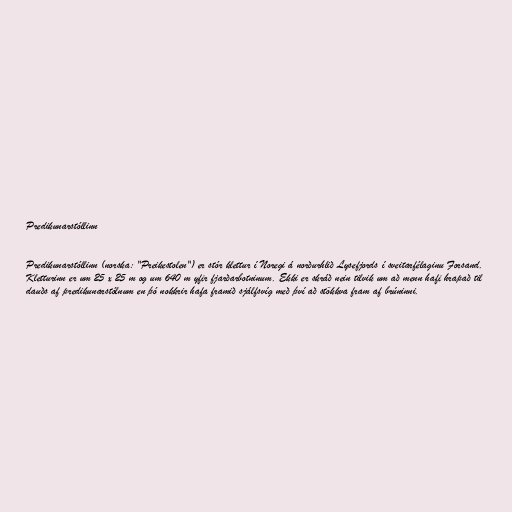
Predikunarstóllinn

Predikunarstóllinn (norska: "Preikestolen") er stór klettur í Noregi á norðurhlið Lysefjords í sveitarfélaginu Forsand.
Kletturinn er um 25 x 25 m og um 640 m yfir fjarðarbotninum. Ekki er skráð nein tilvik um að menn hafi hrapað til
dauðs af predikunarstólnum en þó nokkrir hafa framið sjálfsvíg með því að stökkva fram af brúninni.